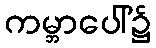
ကမ္ဘာပေါ်၌